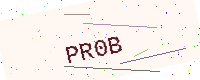
Text: PR0B